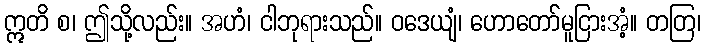
ဣတိ စ၊ ဤသို့လည်း။ အဟံ၊ ငါဘုရားသည်။ ဝဒေယျံ၊ ဟောတော်မူငြားအံ့။ တတြ၊